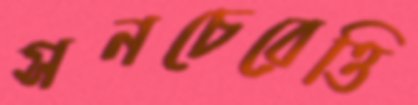
সনচেরেত্তি